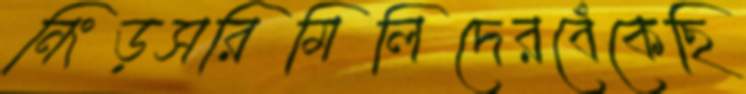
নিংড়সরিমিলিদেরবেঁকেছি